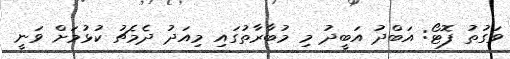
ވަގުތު ފޮޓޯ: އަބްދު އަބީދު މި މުބާރާތުގައި މިއަދު ދެމެޗު ކުޅުމަށް ވަނީ